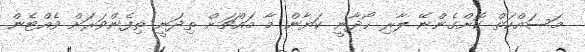
މަސައްކަތް ކޮށްގެންނޭ ލާރި ހޯދާނީ ކަޔާން މާ މައްޗަށް ތިދަނީ ތިފެންވަރަށް ވެއްޓެން